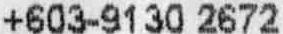
+603-9130 2672